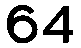
64